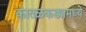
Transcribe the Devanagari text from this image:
कातळकड्यामध्ये